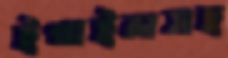
ইথাইলসহ